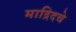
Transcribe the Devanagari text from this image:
माद्रिदचे